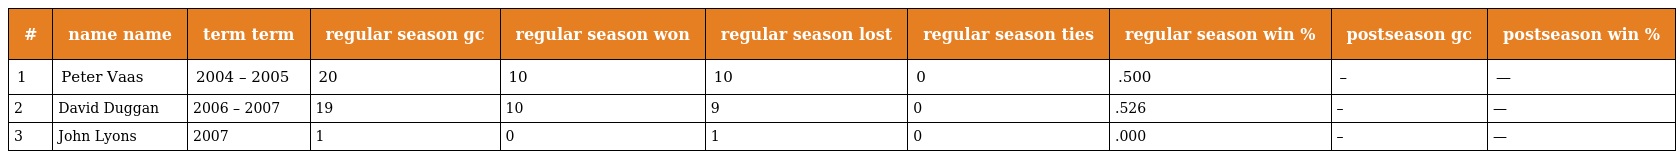
| # | name name | term term | regular season gc | regular season won | regular season lost | regular season ties | regular season win % | postseason gc | postseason win % |
 | --- | --- | --- | --- | --- | --- | --- | --- | --- | --- |
 | 1 | Peter Vaas | 2004 – 2005 | 20 | 10 | 10 | 0 | .500 | – | — |
 | 2 | David Duggan | 2006 – 2007 | 19 | 10 | 9 | 0 | .526 | – | — |
 | 3 | John Lyons | 2007 | 1 | 0 | 1 | 0 | .000 | – | — |